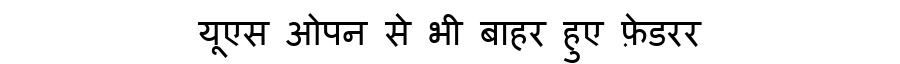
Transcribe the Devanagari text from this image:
यूएस ओपन से भी बाहर हुए फ़ेडरर